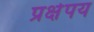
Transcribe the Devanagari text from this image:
प्रक्षेपय